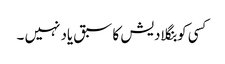
کسی کو بنگلادیش کا سبق یاد نہیں ۔